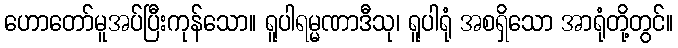
ဟောတော်မူအပ်ပြီးကုန်သော။ ရူပါရမ္မဏာဒီသု၊ ရူပါရုံ အစရှိသော အာရုံတို့တွင်။